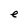
Character: e